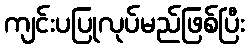
ကျင်းပပြုလုပ်မည်ဖြစ်ပြီး